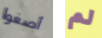
أصغوا لم